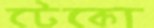
টেকো